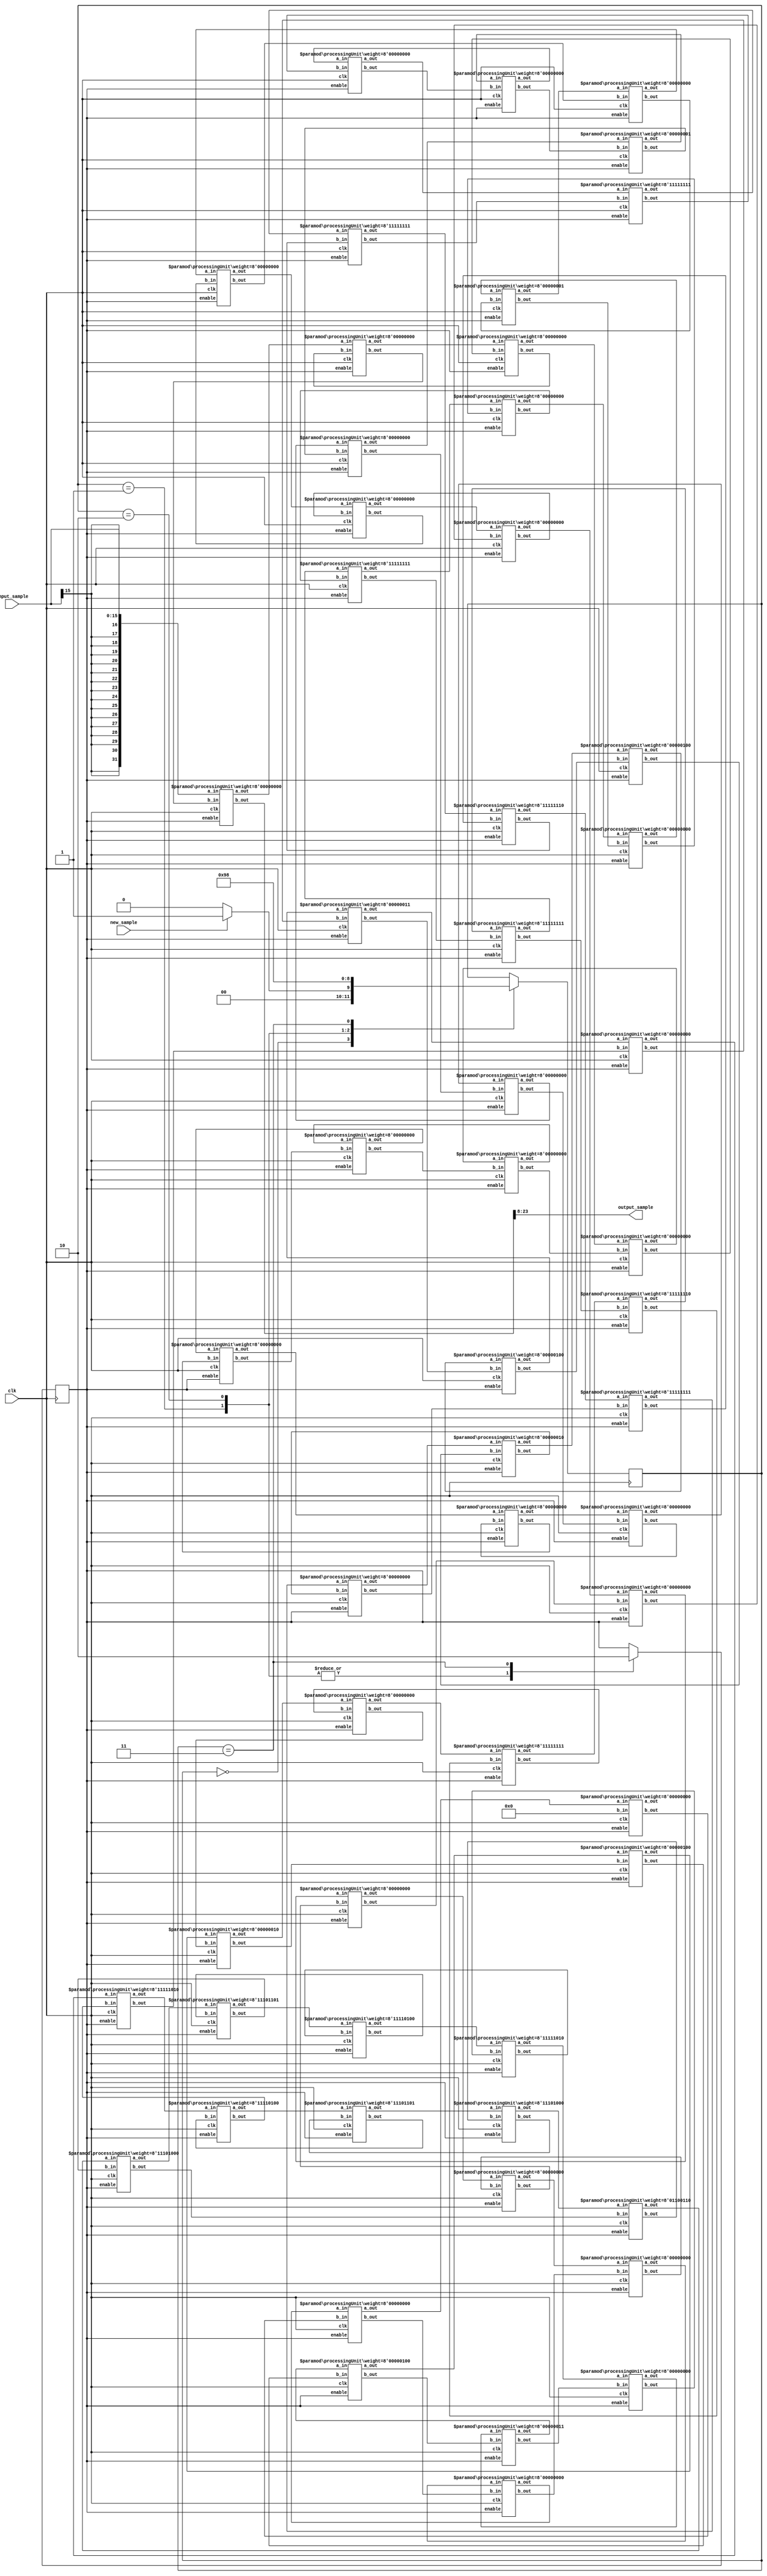
`timescale 1ns / 1ps

module SystolicFilter(clk, new_sample, input_sample, output_sample);

	input clk;
	input new_sample;
	
	reg enable_systolic;
	wire clk_systolic;
	
	input [15:0] input_sample;
	output [15:0] output_sample;
	
	wire [31:0] a_out [0:57+1];
	wire [31:0] b_out [0:57+1];
	
	reg [2:0] state;
	localparam IDLE = 3'd0,
					CLK_A = 3'd1,
					CLK_B = 3'd2,
					CLK_C = 3'd3,
					CLK_D = 3'd4;
	
	initial begin
		state <= IDLE;
		enable_systolic <= 1'b0;
	end
	
	always @ (posedge clk) begin
		case(state)
			IDLE: begin
				if(new_sample)
					state <= CLK_A;
				else
					state <= IDLE;
			end
			CLK_A: begin
				enable_systolic <= 1'b1;
				state <= CLK_B;
			end
			CLK_B: begin
				enable_systolic <= 1'b1;
				state <= CLK_C;
			end
			CLK_C: begin
				enable_systolic <= 1'b0;
				state <= IDLE;
			end
		endcase
	end
	
	localparam NUM_COEFFS = 57;
	localparam BITS_COEFF = 8;
	localparam NUM_COEFFS_BITS = NUM_COEFFS * BITS_COEFF;
	
	/*
    // Simulator coefficients
    localparam [NUM_COEFFS_BITS-1:0] COEFFS = {
		8'sd1,
		8'sd1,
		8'sd1,
		-8'sd1
	};
    */
	
    // High pass coefficients
	localparam [NUM_COEFFS_BITS-1:0] COEFFS = {
		8'sd0,
		8'sd0,
		8'sd0,
		8'sd0,
		8'sd0,
		8'sd0,
		8'sd0,
		8'sd0,
		8'sd0,
		8'sd0,
		8'sd0,
		8'sd1,
		8'sd0,
		8'sd0,
		-8'sd1,
		-8'sd1,
		-8'sd2,
		-8'sd1,
		8'sd0,
		8'sd2,
		8'sd4,
		8'sd4,
		8'sd3,
		8'sd0,
		-8'sd6,
		-8'sd12,
		-8'sd19,
		-8'sd24,
		8'sd102,
		-8'sd24,
		-8'sd19,
		-8'sd12,
		-8'sd6,
		8'sd0,
		8'sd3,
		8'sd4,
		8'sd4,
		8'sd2,
		8'sd0,
		-8'sd1,
		-8'sd2,
		-8'sd1,
		-8'sd1,
		8'sd0,
		8'sd0,
		8'sd1,
		8'sd0,
		8'sd0,
		8'sd0,
		8'sd0,
		8'sd0,
		8'sd0,
		8'sd0,
		8'sd0,
		8'sd0,
		8'sd0,
		8'sd0
	};
	
	/*
    // Low pass coefficients
	localparam [NUM_COEFFS_BITS-1:0] COEFFS = {
		6'd0,
		6'd0,
		6'd0,
		6'd1,
		6'd1,
		6'd2,
		6'd3,
		6'd5,
		6'd7,
		6'd10,
		6'd12,
		6'd15,
		6'd19,
		6'd22,
		6'd25,
		6'd28,
		6'd31,
		6'd33,
		6'd34,
		6'd34,
		6'd34,
		6'd33,
		6'd31,
		6'd28,
		6'd25,
		6'd22,
		6'd19,
		6'd15,
		6'd12,
		6'd10,
		6'd7,
		6'd5,
		6'd3,
		6'd2,
		6'd1,
		6'd1,
		6'd0,
		6'd0,
		6'd0
	};
	*/
	
	genvar j;
	generate
		for(j = 0; j < NUM_COEFFS; j = j+1) begin: GEN
			processingUnit #(COEFFS[NUM_COEFFS_BITS-1-(j*BITS_COEFF):NUM_COEFFS_BITS-(j*BITS_COEFF)-BITS_COEFF]) gen_proc(
				.clk(clk),
				.a_in(a_out[j]),
				.a_out(a_out[j+1]),
				.b_out(b_out[j]),
				.b_in(b_out[j+1]),
				.enable(enable_systolic)
			);
		end
	endgenerate
	
	assign a_out[0] = {{16{input_sample[15]}}, input_sample}; // sign extend to 32 bits
	assign b_out[NUM_COEFFS] = 32'h0;
	assign output_sample = b_out[0][24:8];//[24:8];
	
endmodule

module processingUnit(clk, a_in, a_out, b_out, b_in, enable);

	input clk;
	input enable;
	input signed [31:0] a_in, b_in;
	output reg signed [31:0] a_out, b_out;
	
	parameter weight = 0;
	
	initial begin
		a_out <= 32'h0;
		b_out <= 32'h0;
	end
	
	always @(posedge clk) begin
		if(enable) begin
			b_out <= b_in + $signed(weight) * a_in;
			a_out <= a_in;
		end
	end
	
endmodule

/*
	processingUnit #(1) p00 (clk, systolic_input, a_out[0], systolic_output, b_out[17], enable_systolic);
	processingUnit #(3) p01 (clk, a_out[0], 		a_out[1],  b_out[17],	 	b_out[16], enable_systolic);
	processingUnit #(5) p02 (clk, a_out[1], 		a_out[2],  b_out[16],	 	b_out[15], enable_systolic);
	processingUnit #(7) p03 (clk, a_out[2], 		a_out[3],  b_out[15],		b_out[14], enable_systolic);
	processingUnit #(11)p04 (clk, a_out[3],		a_out[4],  b_out[14],		b_out[13], enable_systolic);
	processingUnit #(13)p05 (clk, a_out[4], 		a_out[5],  b_out[13],	 	b_out[12], enable_systolic);
	processingUnit #(16)p06 (clk, a_out[5], 		a_out[6],  b_out[12],		b_out[11], enable_systolic);
	processingUnit #(19)p07 (clk, a_out[6], 		a_out[7],  b_out[11],		b_out[10], enable_systolic);
	processingUnit #(20)p08 (clk, a_out[7], 		a_out[8],  b_out[10],		b_out[9], enable_systolic);
	processingUnit #(21)p09 (clk, a_out[8], 		a_out[9],  b_out[9], 	 	b_out[8], enable_systolic);
	processingUnit #(20)p10 (clk, a_out[9], 		a_out[10], b_out[8], 	 	b_out[7], enable_systolic);
	processingUnit #(19)p11 (clk, a_out[10], 		a_out[11], b_out[7],			b_out[6], enable_systolic);
	processingUnit #(16)p12 (clk, a_out[11],		a_out[12], b_out[6],			b_out[5], enable_systolic);
	processingUnit #(13)p13 (clk, a_out[12], 		a_out[13], b_out[5],		 	b_out[4], enable_systolic);
	processingUnit #(11)p14 (clk, a_out[13], 		a_out[14], b_out[4],			b_out[3], enable_systolic);
	processingUnit #(7) p15 (clk, a_out[14], 		a_out[15], b_out[3],			b_out[2], enable_systolic);
	processingUnit #(5) p16 (clk, a_out[15], 		a_out[16], b_out[2],			b_out[1], enable_systolic);
	processingUnit #(3) p17 (clk, a_out[16], 		a_out[17], b_out[1],			b_out[0], enable_systolic);
	processingUnit #(1) p18 (clk, a_out[17], 					, b_out[0],			32'h0,	 enable_systolic);*/